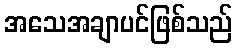
အသေအချာပင်ဖြစ်သည်